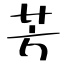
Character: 芳